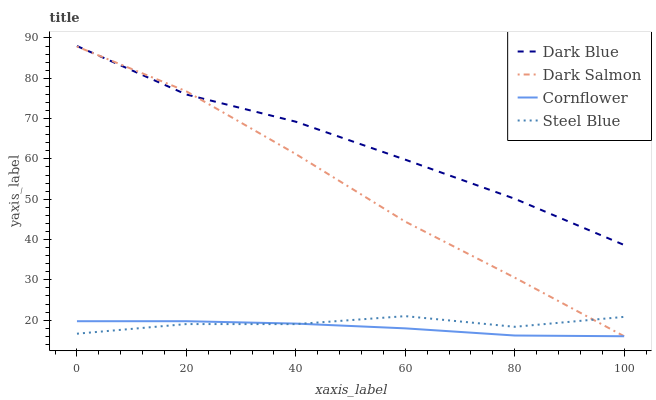
| xaxis_label | Dark Blue | Dark Salmon | Cornflower | Steel Blue |
 | --- | --- | --- | --- | --- |
 | 0 | 88 | 87.9 | 19.7 | 16.6 |
 | 20 | 76 | 76.8 | 19.7 | 19 |
 | 40 | 69.2 | 61.2 | 19.1 | 19 |
 | 60 | 59.8 | 44.4 | 18 | 21 |
 | 80 | 50.1 | 30.5 | 16.2 | 18.3 |
 | 100 | 38.6 | 16 | 16 | 20.8 |